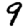
Digit: 9